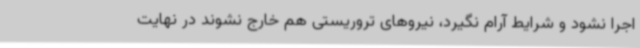
اجرا نشود و شرایط آرام نگیرد، نیروهای تروریستی هم خارج نشوند در نهایت